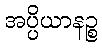
အပ္ပိယာနဉ္စ